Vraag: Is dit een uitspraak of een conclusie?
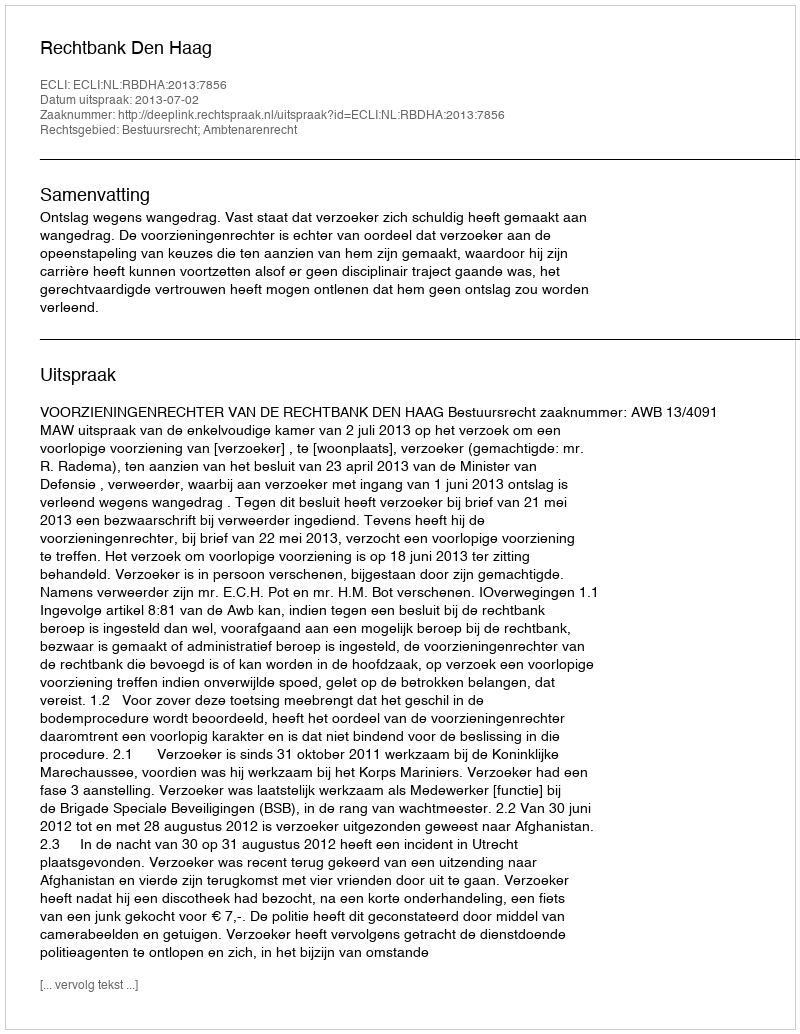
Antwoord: Uitspraak